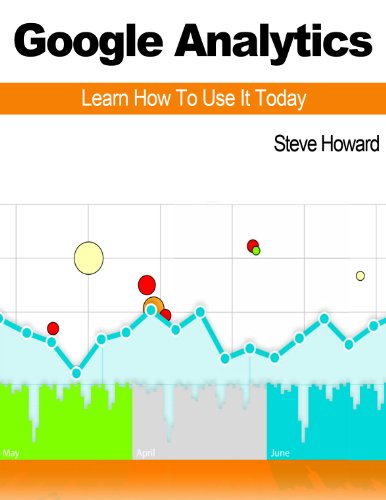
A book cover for Google Analytics: Learn How To Use It Today; Steve Howard; Computers & Technology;